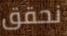
نحقق